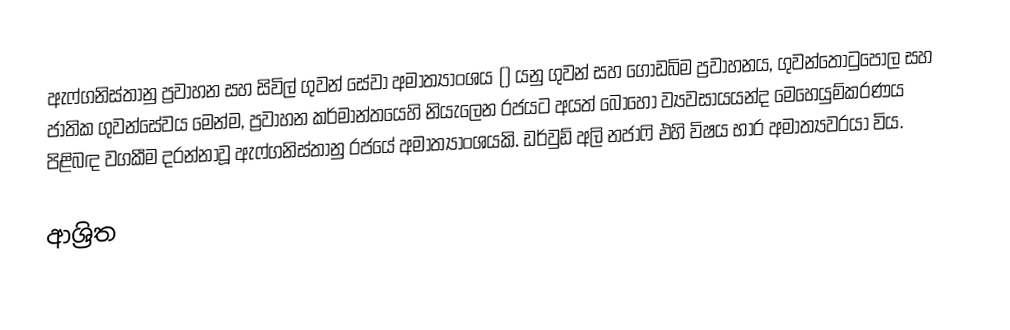
ඇෆ්ගනිස්තානු ප්‍රවාහන සහ සිවිල් ගුවන් සේවා අමාත්‍යාංශය () යනු ගුවන් සහ ගොඩබිම ප්‍රවාහනය, ගුවන්තොටුපොල සහ ජාතික ගුවන්සේවය මෙන්ම, ප්‍රවාහන කර්මාන්තයෙහි නියැලෙන රජයට අයත් බොහෝ ව්‍යවසායයන්ද මෙහෙයුම්කරණය පිළිබඳ වගකීම දරන්නාවූ ඇෆ්ගනිස්තානු රජයේ අමාත්‍යාංශයකි.  ඩර්වුඩ් අලි නජාෆි එහි විෂය භාර අමාත්‍යවරයා විය.

ආශ්‍රිත